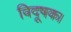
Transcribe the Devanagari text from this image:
विदूषक।